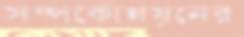
সম্পর্কোন্নয়নের